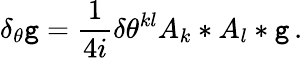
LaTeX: \delta_{\theta}\mathtt{g}=\frac{1}{{4i}}\delta\theta^{kl}A_{k}*A_{l}*\mathtt{g}\, .